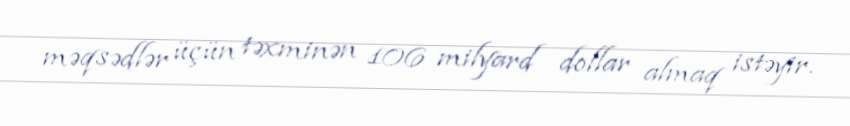
məqsədlər üçün təxminən 106 milyard dollar almaq istəyir.